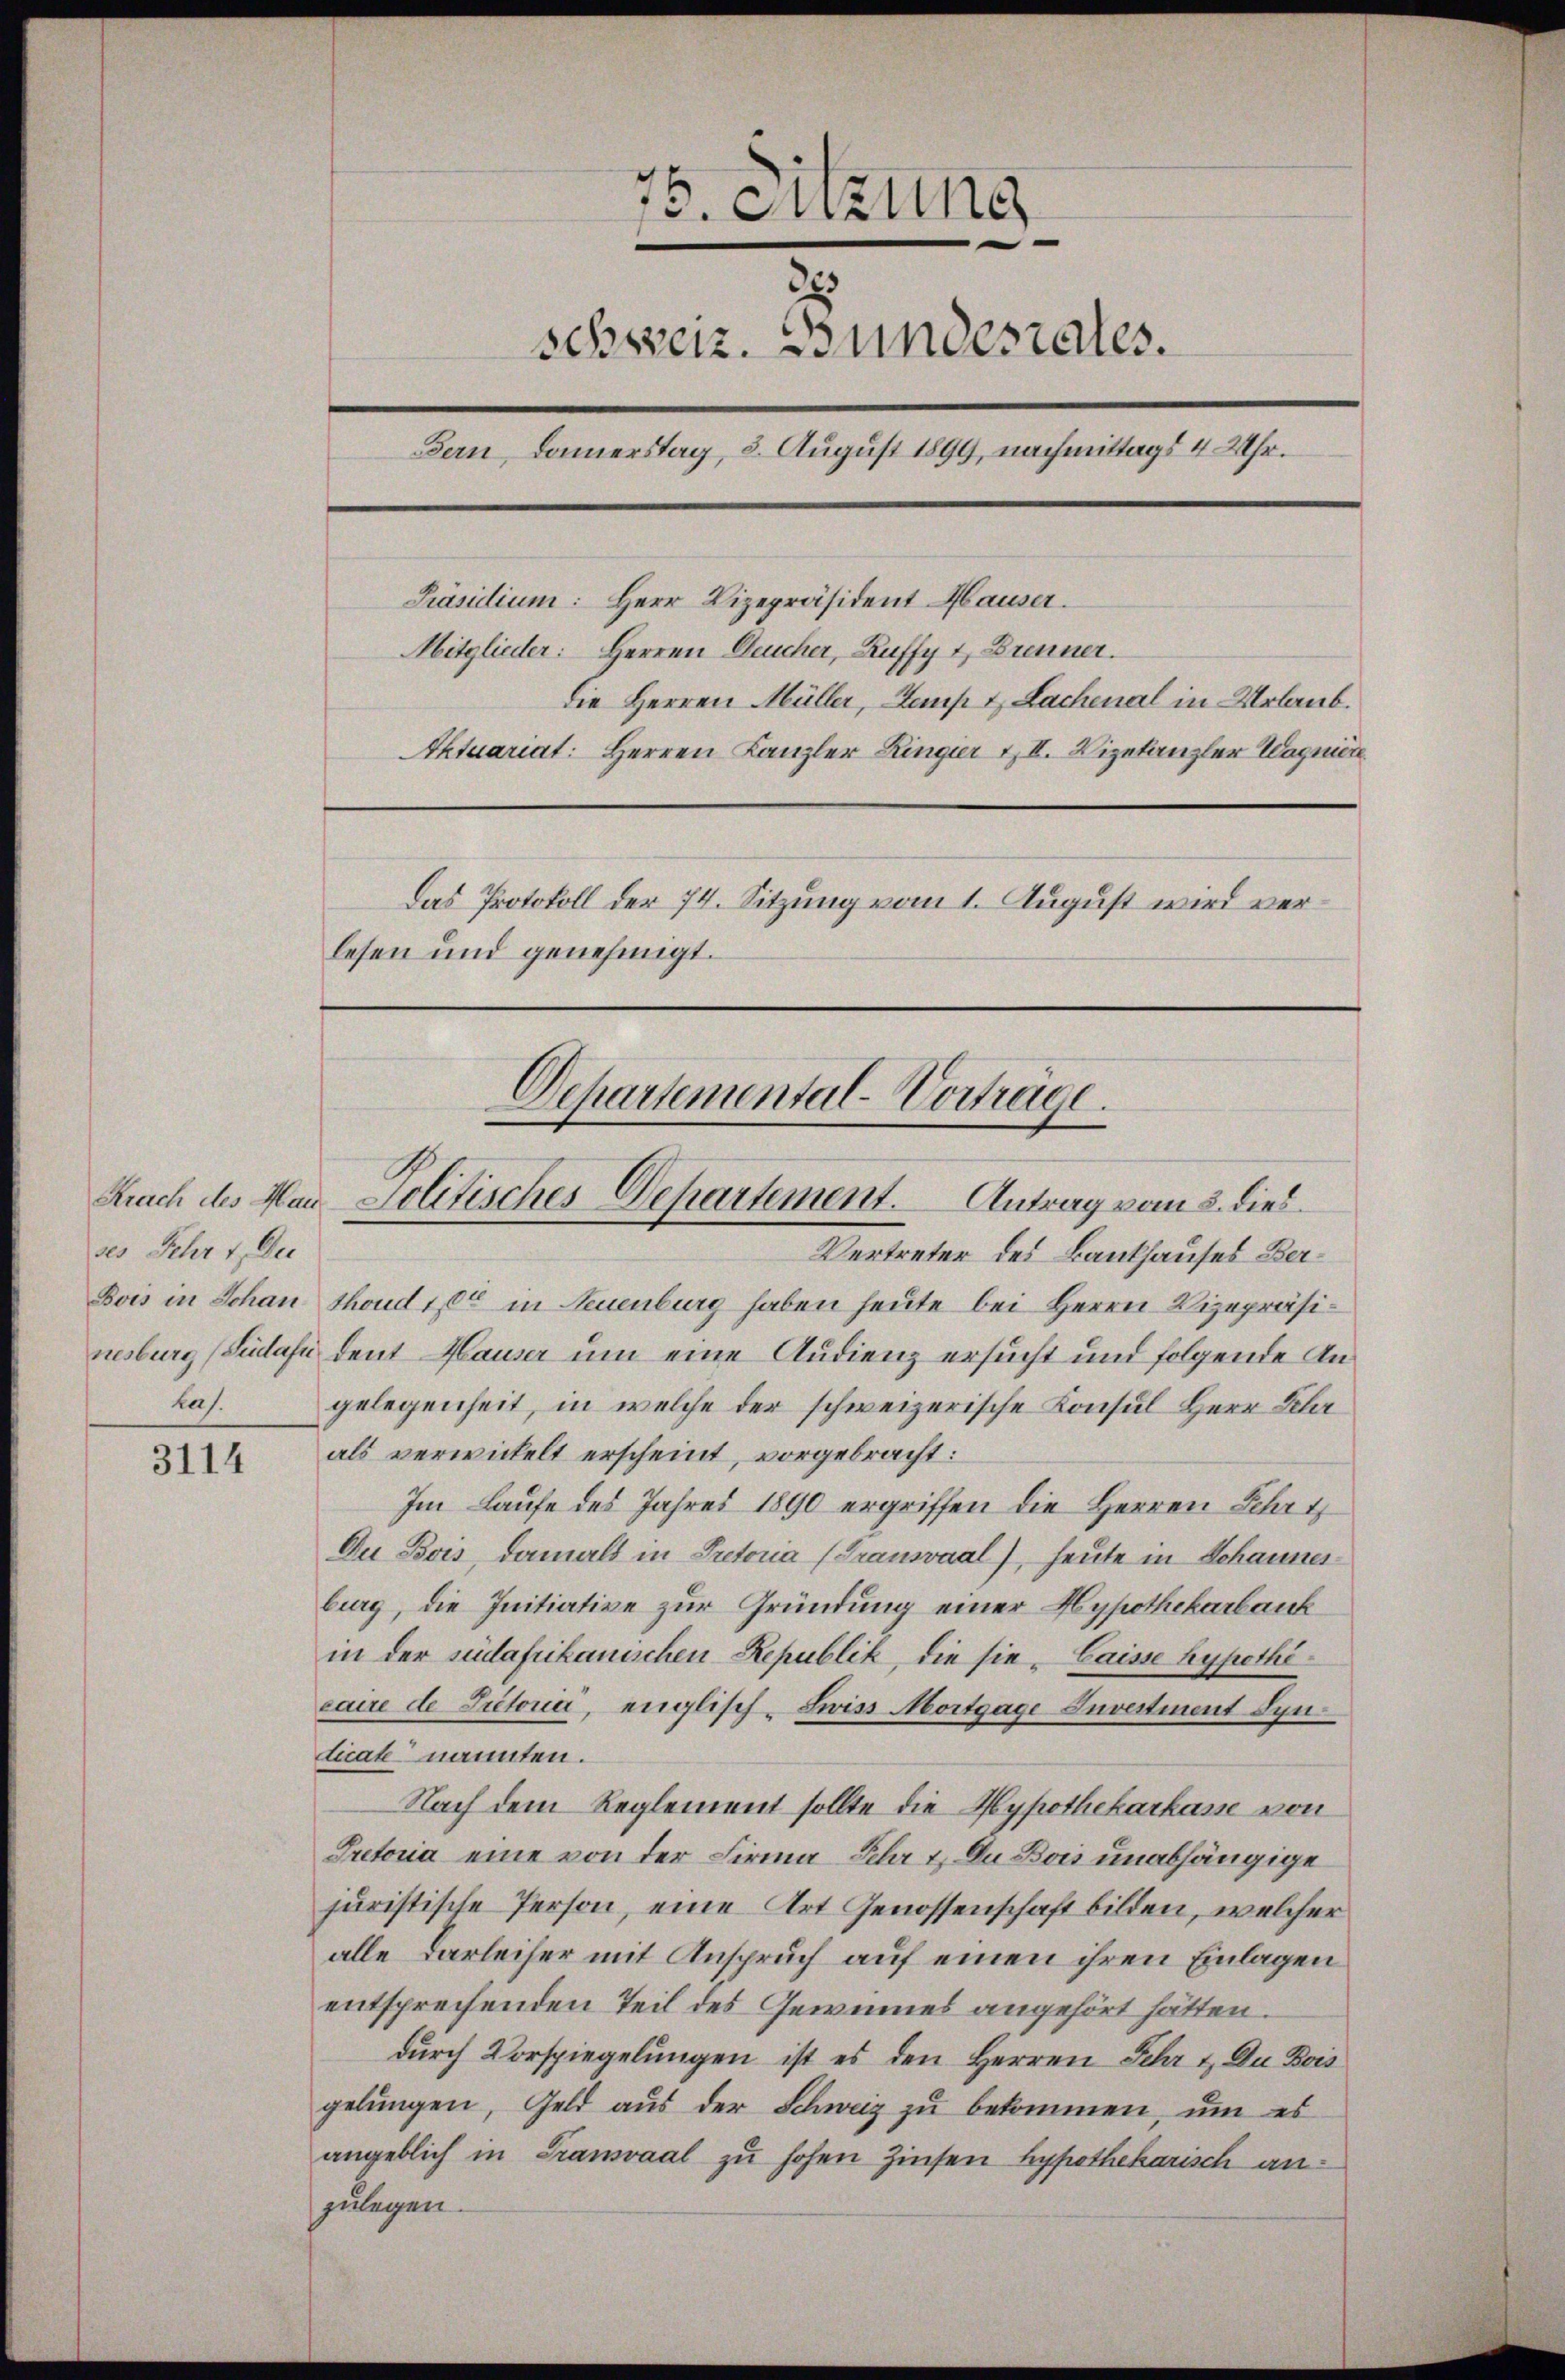
des Fehr 1. Der
has.

3114

75. Sitzung
.
schweiz. Bundesrates.
Bern, Donnerstag, 8. August 1899, nachmittags 4 Uhr.
Präsidium: Herr Vizepräsident Hauser.
Mitglieder: Herren Deucher, Ruffy & Brenner.
die Herren Müller, Semp & Lachenal in Urlaub.
Aktuariat: Herren Kanzler Ringier III. Vizekanzler Wagniere
Das Protokoll der 74. Sitzung vom 1. August wird verlesen und genehmigt.

Vertreter des Bankhauses Ber¬
Bois in Schan thoud 10 in Neuenburg haben heute bei Herrn Vizepräsinesburg (Sudafür dent Hauser um eine Audienz ersucht und folgende Angelegenheit, in welche der schweizerische Konsul Herr Lehr
als verwickelt erscheint, vorgebracht:
Im Laufe des Jahres 1890 ergriffen die Herren Schri
Du Bois, damals in Pretoria (Transvaal), heute in Schaunerburg, die Initiative zur Gründung einer Hypothekarbank
in der südafrikanischen Republik, die sie „Caisse hypethi
caire de Pritoria, englisch-Livis Mortgage Investiment Synticale nannten.
Nach dem Reglement sollte die Hypothekarkasse von
Pretoria eine von der Firma Fehr & Du Bois unabhängige
juristische Person, eine Art Genossenschaft bilden, welcher
alle Darleiher mit Anspruch auf einen ihren Einlagen
entsprechenden Teil des Gewinnes angehört hätten.
durch Vorspiegelungen ist es den Herren Sehr u. Du Bois
gelungen, Geld aus der Schweiz zu bekommen, um es
angeblich in Transaal zu hohen Zinsen hypothekarisch anzulegen.

Departemental-Vorträge.
Krach des Man Politisches Departement. Antrag vom 3. dies